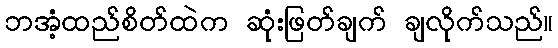
ဘအံ့ထည်စိတ်ထဲက ဆုံးဖြတ်ချက် ချလိုက်သည်။